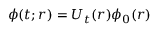
\phi ( t ; r ) = U _ { t } ( r ) \phi _ { 0 } ( r )